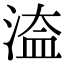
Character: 𣹆